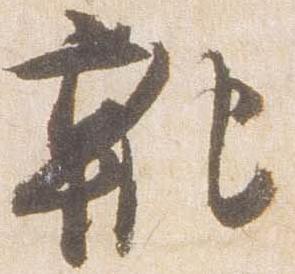
靴